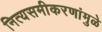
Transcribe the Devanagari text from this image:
नित्यसमीकरणांमुळे